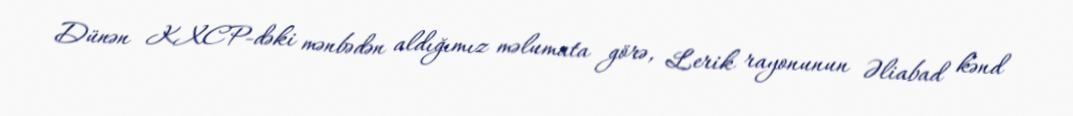
Dünən KXCP-dəki mənbədən aldığımız məlumata görə, Lerik rayonunun Əliabad kənd